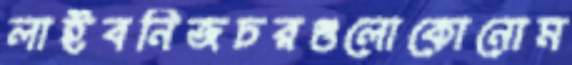
লাইবনিজচরগুলোকোনোম